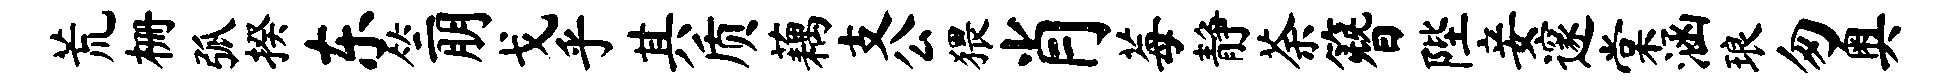
荒栅弧揆东竺朋戈乎其质藕支公猥肖莓静荼簪陛妾邃棠涵琅匆奥